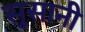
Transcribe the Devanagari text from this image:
सुसानी